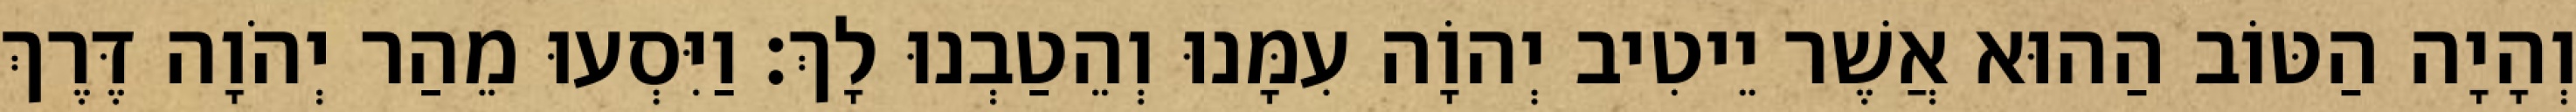
וְהָיָה הַטּוֹב הַהוּא אֲשֶׁר יֵיטִיב יְהוָֹה עִמָּנוּ וְהֵטַבְנוּ לָךְ׃ וַיִּסְעוּ מֵהַר יְהֹוָה דֶּרֶךְ